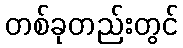
တစ်ခုတည်းတွင်